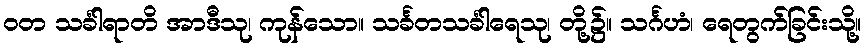
ဝတ သင်္ခါရာတိ အာဒီသု၊ ကုန်သော။ သင်္ခတသင်္ခါရေသု၊ တို့၌။ သင်္ဂဟံ၊ ရေတွက်ခြင်းသို့။